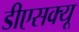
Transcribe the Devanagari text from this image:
डीएसक्यू